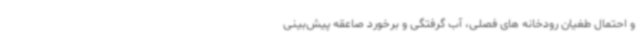
و احتمال طغیان رودخانه های فصلی، آب گرفتگی و برخورد صاعقه پیش‌بینی